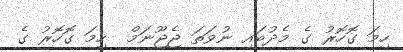
ހިމަ ގޮހޮރު ގެ މެދުބައި ނުވަތަ ޖެޖޫނަމް  ހިމަ ގޮހޮރު ގެ